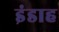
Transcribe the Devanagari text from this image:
इंडाह